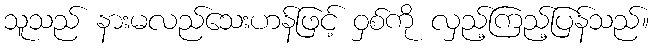
သူသည် နားမလည်သေးဟန်ဖြင့် ဝှစ်ကို လှည့်ကြည့်ပြန်သည်။